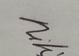
Signature authenticity: genuine